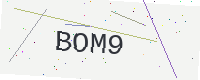
Text: BOM9